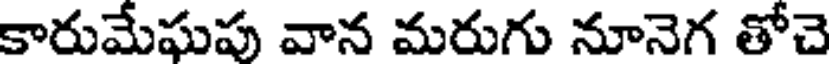
కారుమేఘపు వాన మరుగు నూనెగ తోచె